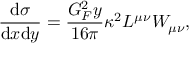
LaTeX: \frac { \mathrm { d } \sigma } { \mathrm { d } x \mathrm { d } y } = \frac { G _ { F } ^ { 2 } y } { 1 6 \pi } { \kappa ^ { 2 } L ^ { \mu \nu } W _ { \mu \nu } } ,